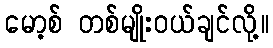
မော့စ် တစ်မျိုးဝယ်ချင်လို့။